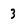
Character: 3